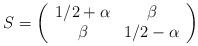
LaTeX: \begin{align*}S=\left(\begin{array}{cc}1/2+\alpha&\beta\\\beta&1/2-\alpha\end{array}\right)\end{align*}